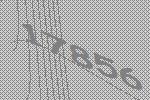
17856